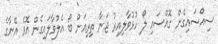
ސިއްސައިގެން ގޮއްސައި ލޯ ހުޅުވާލިއިރު ޖަނާ ތިރިއަށް ބޯ އެލުވާލައިގެން އޮވެ އޭނާގެ